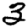
Digit: 3